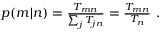
\begin{array} { r } { p ( m | n ) = \frac { T _ { m n } } { \sum _ { j } T _ { j n } } = \frac { T _ { m n } } { T _ { n } } \ . } \end{array}